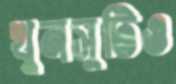
খুনসুটিও